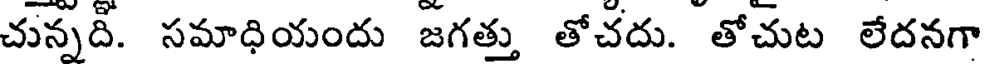
చున్నది. సమాధియందు జగత్తు తోచదు. తోచుట లేదనగా